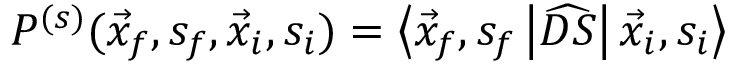
P ^ { ( s ) } ( \vec { x } _ { f } , s _ { f } , \vec { x } _ { i } , s _ { i } ) = \left\langle \vec { x } _ { f } , s _ { f } \left| \widehat { D S } \right| \vec { x } _ { i } , s _ { i } \right\rangle